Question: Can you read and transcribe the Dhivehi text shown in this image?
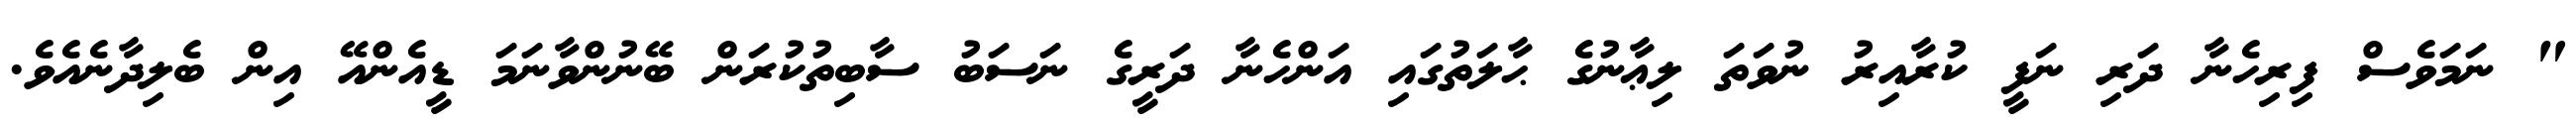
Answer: " ނަމަވެސް ފިރިހެނާ ދަރި ނަފީ ކުރާއިރު ނުވަތަ ލިޢާނުގެ ޙާލަތުގައި އަންހެނާ ދަރީގެ ނަސަބު ސާބިތުކުރަން ބޭނުންވާނަމަ ޑީއެންއޭ އިން ބެލިދާނެއެވެ.